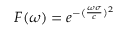
F ( \omega ) = e ^ { - ( \frac { \omega \sigma } { c } ) ^ { 2 } }